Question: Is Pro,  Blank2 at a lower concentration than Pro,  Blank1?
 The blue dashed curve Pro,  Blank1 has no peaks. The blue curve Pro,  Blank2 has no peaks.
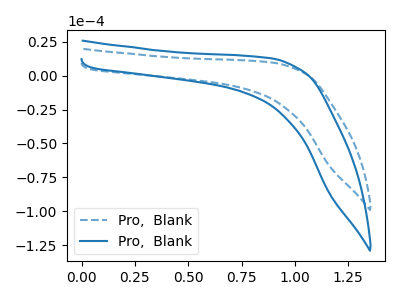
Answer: <think>Neither "Pro,  Blank1" or "Pro,  Blank2" have any peaks.
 </think>
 <answer>I cant tell if "Pro,  Blank1" or "Pro,  Blank2" has higher concentration.</answer>
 <eval>mixed_concentration</eval>